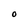
Character: O